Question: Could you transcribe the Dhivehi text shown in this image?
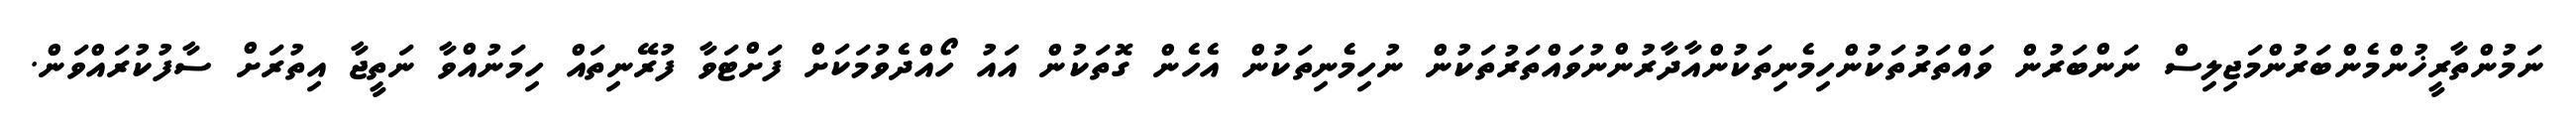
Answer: ނަމުންތާރީޚުންމެންބަރުންމަޖިލިސް ނަންބަރުން ވައްތަރުތަކުންހިމެނިތަކުންއާދާރުންނުވައްތަރުތަކުން ނުހިމެނިތަކުން އެހެން ގޮތަކުން އައު ހޯއްދެވުމަކަށް ފަށްޓަވާ ފުރޭނިތައް ހިމަނުއްވާ ނަތީޖާ އިތުރަށް ސާފުކުރައްވަން.